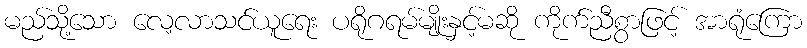
မည်သို့သော လေ့လာသင်ယူရေး ပရိုဂရမ်မျိုးနှင့်မဆို ကိုက်ညီစွာဖြင့် အာရုံကြော